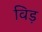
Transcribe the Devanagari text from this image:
विड़